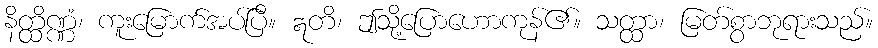
နိတ္ထိဏ္ဏံ၊ ကူးမြောက်အပ်ပြီ။ ဣတိ၊ ဤသို့ပြောဟောကုန်၏။ သတ္ထာ၊ မြတ်စွာဘုရားသည်။